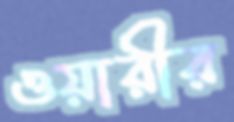
ওয়ারীর